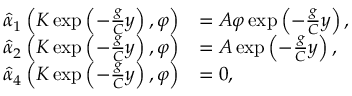
\begin{array} { r l } { \hat { \alpha } _ { 1 } \left( K \exp \left( - \frac { g } { C } y \right) , \varphi \right) } & { = A \varphi \exp \left( - \frac { g } { C } y \right) , } \\ { \hat { \alpha } _ { 2 } \left( K \exp \left( - \frac { g } { C } y \right) , \varphi \right) } & { = A \exp \left( - \frac { g } { C } y \right) , } \\ { \hat { \alpha } _ { 4 } \left( K \exp \left( - \frac { g } { C } y \right) , \varphi \right) } & { = 0 , } \end{array}